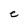
Character: e